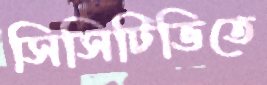
সিসিটিভিতে